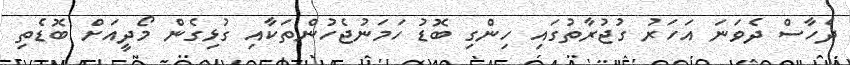
ދެހާސް ދެވަނަ އަހަރު ގުޖުރާތުގައި ހިންގި ބޮޑު ހަމަނުޖެހުންތަކާއި ގުޅިގެން މޯދީއަށް ބޮޑެތި